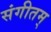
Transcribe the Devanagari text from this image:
संगीतम्‌